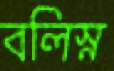
বলিস্ন